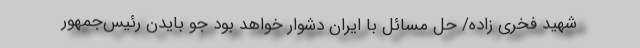
شهید فخری زاده/ حل مسائل با ایران دشوار خواهد بود جو بایدن رئیس‌جمهور